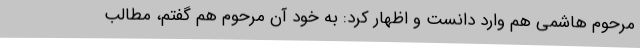
مرحوم هاشمی هم وارد دانست و اظهار کرد: به خود آن مرحوم هم گفتم، مطالب